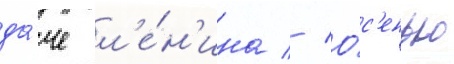
да́че л'е́н'ина // О́с'енью